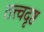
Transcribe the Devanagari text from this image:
तत्त्वदृष्ट